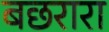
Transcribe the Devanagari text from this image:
बछरारा